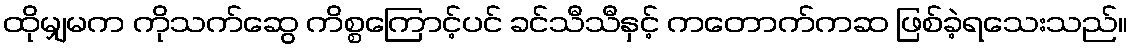
ထိုမျှမက ကိုသက်ဆွေ ကိစ္စကြောင့်ပင် ခင်သီသီနှင့် ကတောက်ကဆ ဖြစ်ခဲ့ရသေးသည်။